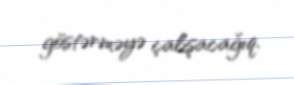
göstərməyə çalışacağıq.